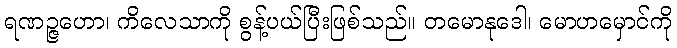
ရဏဉ္ဇဟော၊ ကိလေသာကို စွန့်ပယ်ပြီးဖြစ်သည်။ တမောနုဒေါ၊ မောဟမှောင်ကို